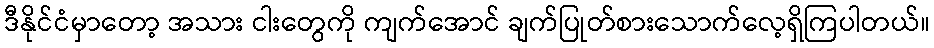
ဒီနိုင်ငံမှာတော့ အသား ငါးတွေကို ကျက်အောင် ချက်ပြုတ်စားသောက်လေ့ရှိကြပါတယ်။